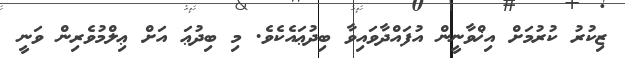
ޒިކުރު ކުރުމަށް އިޚްވާނީން އުފައްދާވައިވާ ބިދުޢައެކެވެ. މި ބިދުޢަ އަށް ޢިލްމުވެރިން ވަނީ